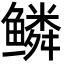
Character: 鳞